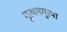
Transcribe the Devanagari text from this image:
गुत्थमगुत्था